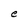
Character: e